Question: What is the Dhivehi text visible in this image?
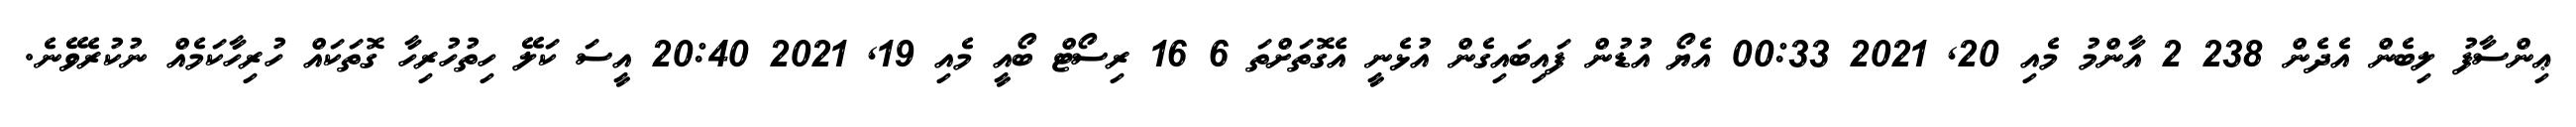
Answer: ޢިންސާފު ލިބެން އެދެން 238 2 އާންމު މެއި 20, 2021 00:33 އެޔޯ އުޑުން ފައިބައިގެން އުޅެނީ އެގޮތަށްތަ 6 16 ރިސޯޓް ބޯއީ މެއި 19, 2021 20:40 އީސަ ކަލޭ ހިތުހުރިހާ ގޮތަކައް ހުރިހާކަމެއް ނުކުރެވޭނެ.